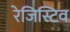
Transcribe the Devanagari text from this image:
रेजिस्टिव